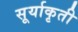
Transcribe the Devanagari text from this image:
सूर्याकृती